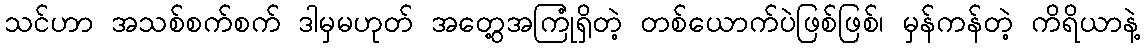
သင်ဟာ အသစ်စက်စက် ဒါမှမဟုတ် အတွေ့အကြုံရှိတဲ့ တစ်ယောက်ပဲဖြစ်ဖြစ်၊ မှန်ကန်တဲ့ ကိရိယာနဲ့